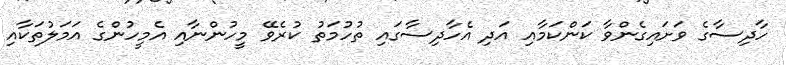
ހާދިސާގެ ވަށައިގެންވާ ކަންކަމާއި އަދި އެހާދިސާގައި ތުހުމަތު ކުރެވޭ މީހުންނާއި އެމީހުންގެ އަމަލުތަކާއި